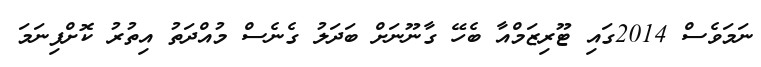
ނަމަވެސް 2014ގައި ޓޫރިޒަމްއާ ބެހޭ ގާނޫނަށް ބަދަލު ގެނެސް މުއްދަތު އިތުރު ކޮށްފިނަމަ